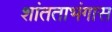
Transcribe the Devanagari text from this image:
शांतताभंगास